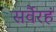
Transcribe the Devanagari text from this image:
सर्वैरहं